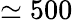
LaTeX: \simeq 500